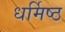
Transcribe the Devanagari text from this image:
धर्मिष्ठ